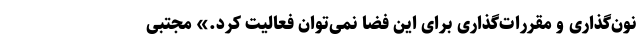
نون‌گذاری و مقررات‌گذاری برای اين فضا نمی‌توان فعاليت كرد.» مجتبی